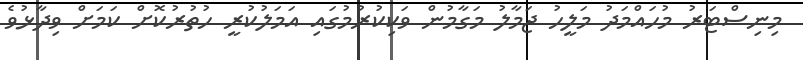
މިނިސްޓަރު މުހައްމަދު މަލީހު ޖަމާލު މަގާމުން ވަކިކުރުމުގައި އަމަލުކުރީ ހުތުރުކޮށް ކަމަަަށް ވިދާޅުވެ